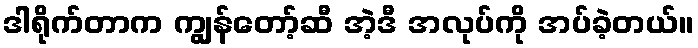
ဒါရိုက်တာက ကျွန်တော့်ဆီ အဲ့ဒီ အလုပ်ကို အပ်ခဲ့တယ်။